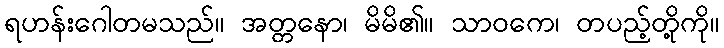
ရဟန်းဂေါတမသည်။ အတ္တနော၊ မိမိ၏။ သာဝကေ၊ တပည့်တို့ကို။